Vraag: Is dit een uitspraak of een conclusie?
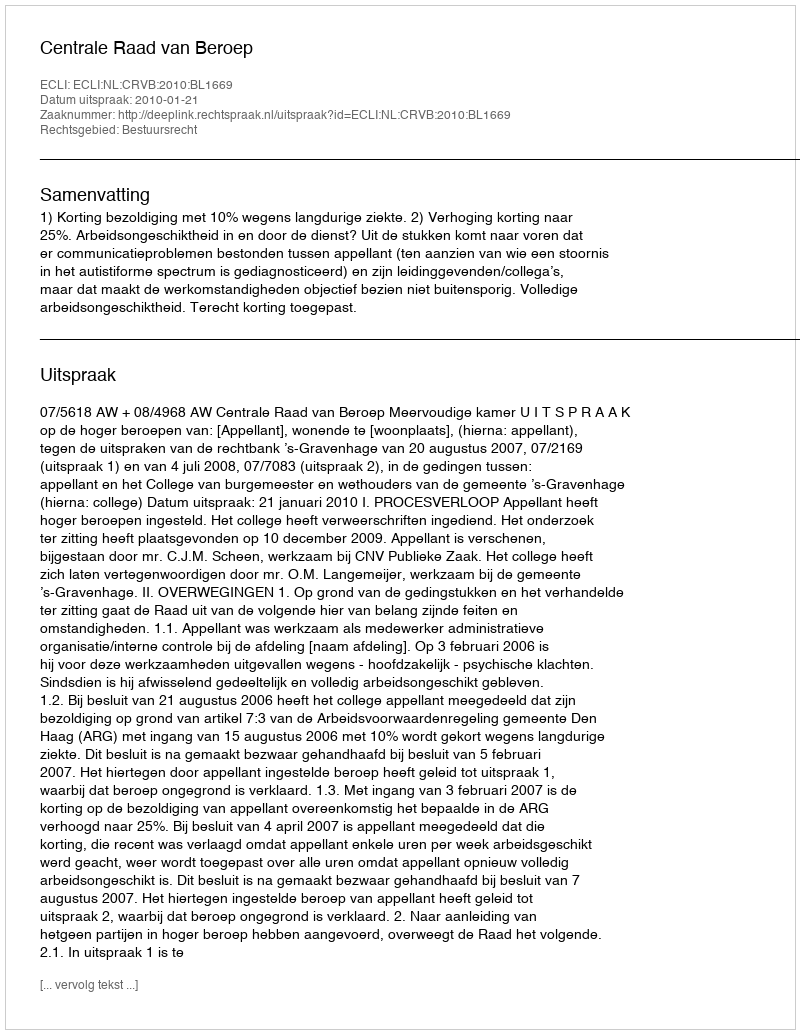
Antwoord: Uitspraak